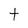
Character: t